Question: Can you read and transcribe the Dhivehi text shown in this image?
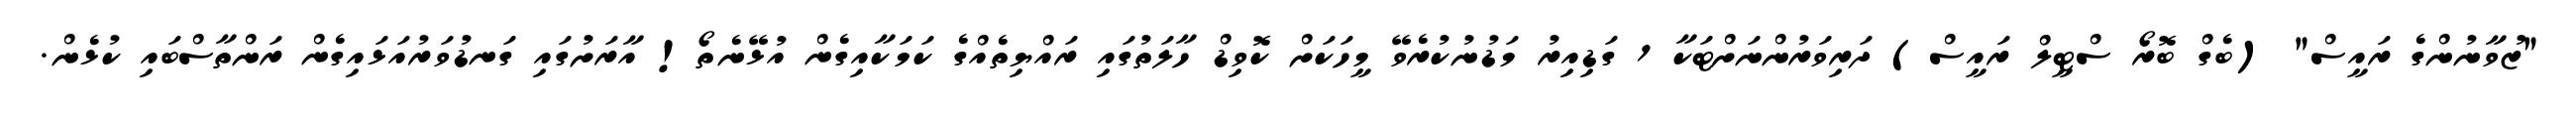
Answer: "ޒުވާނުންގެ ރައީސް" (ބެގް ބޮރޯ ސްޓީލް ރައީސް) ދަރިވަރުންނަށްޓަކާ 1 ގަޑިއިރު މަޑުނުކުރެވޭ މީހަކަށް ކޮވިޑް ހާލަތުގައި ރައްޔިތެއްގެ ކަމަކާއިގެން އުޅޭނެތޯ! އާރަށުގައި ގަނޑުވަރުއަޅައިގެން ރަންތާސްބައި ކުޅެން.